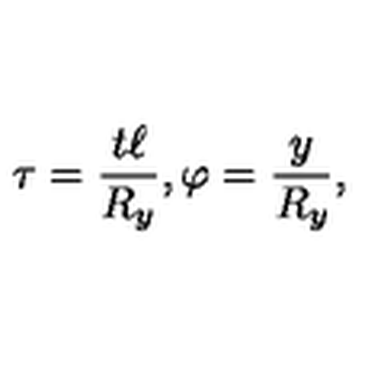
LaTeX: \tau = { \frac { t \ell } { R _ { y } } } , \varphi = { \frac { y } { R _ { y } } } ,